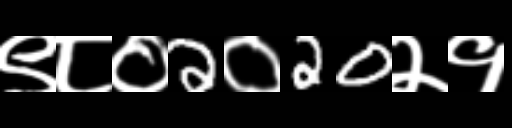
Text: ९८०2०20२१